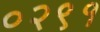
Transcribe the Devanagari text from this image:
०२९१